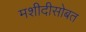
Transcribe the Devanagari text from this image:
मशीदीसोबत